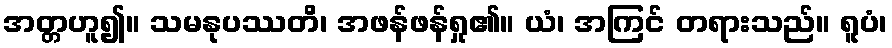
အတ္တဟူ၍။ သမနုပဿတိ၊ အဖန်ဖန်ရှု၏။ ယံ၊ အကြင် တရားသည်။ ရူပံ၊